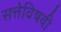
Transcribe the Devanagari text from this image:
सत्तेविषयी